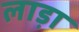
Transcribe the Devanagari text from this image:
लाड़ा